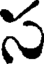
స